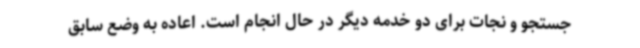
جستجو و نجات برای دو خدمه دیگر در حال انجام است. اعاده به وضع سابق